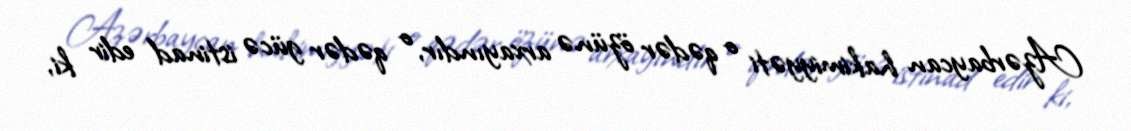
Azərbaycan hakimiyyəti o qədər özünə arxayındır, o qədər gücə istinad edir ki,